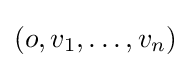
\left(o,v_{1},\dots ,v_{n}\right)